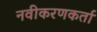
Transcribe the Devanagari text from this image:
नवीकरणकर्ता